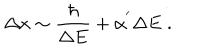
\Delta x \sim \frac { \hbar } { \Delta E } + \alpha ^ { ' } \Delta E \; .